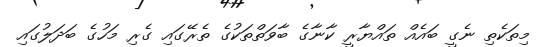
މިތަކެތި ނެގީ ބައެއް ތައްޔާރީ ކާނާގެ ބާވަތްތަކުގެ ތެރޭގައި ގެރި މަހުގެ ބަދަލުގައި